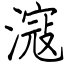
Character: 滱